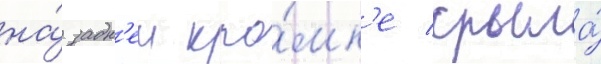
на́ задн'еи кро́мк'е крыла́